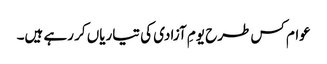
عوام کس طرح یومِ آزادی کی تیاریاں کر رہے ہیں۔